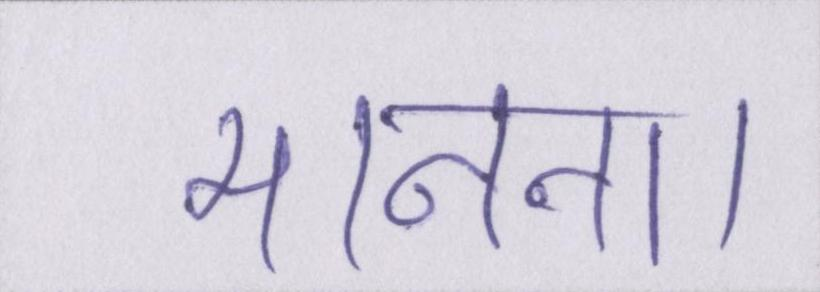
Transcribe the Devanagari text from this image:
मानना।